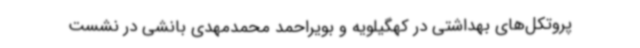
پروتکل‌های بهداشتی در کهگیلویه و بویراحمد محمدمهدی بانشی در نشست